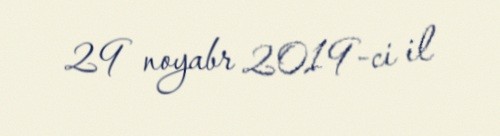
29 noyabr 2019-ci il